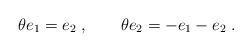
LaTeX: \begin{align*}\theta e_1 = e_2\;, \qquad \theta e_2 = -e_1 -e_2\;.\end{align*}